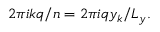
2 \pi i k q / n = 2 \pi i q y _ { k } / L _ { y } .